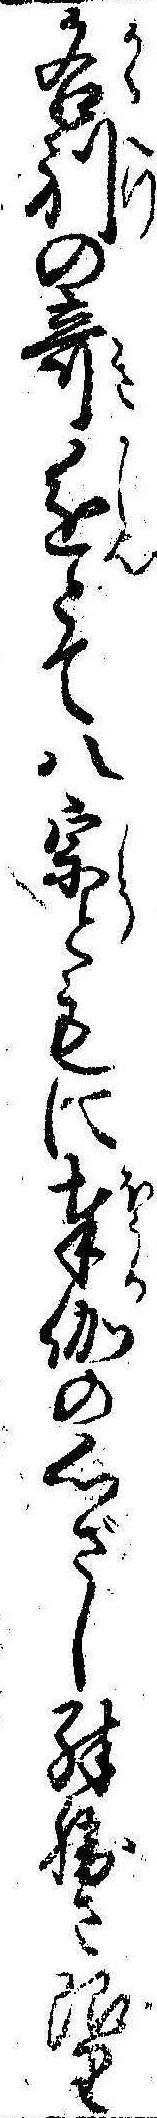
各別の奇進とて八宗ともに奉伽の心ざし殊勝さ限り